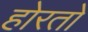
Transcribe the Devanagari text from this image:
होरतो